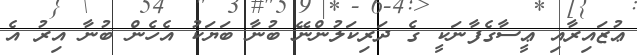
ޢުޒައިރާއި ޢީސާގެފާނަކީ ގެ ދަރިކަލުންނޭ ބުނާ ބަޔަކު އެހެން ބުނާ އިރު އެ